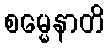
စမ္မေနာတိ